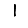
Digit: 1